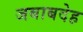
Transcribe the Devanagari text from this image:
जबाबदेह